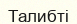
Талибті